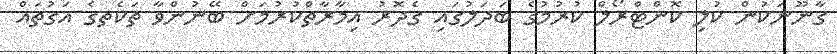
ގާނޫނަކުން ކުލި ކޮންޓްރޯލް ކުރުމުގެ ބަދަލުގައި ގެދޮރު އިމާރާތްކުރުމަށް ބޭނުންވާ ތަކެތގެ އަގުތައް